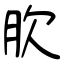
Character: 肷